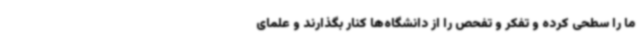
ما را سطحی کرده و تفکر و تفحص را از دانشگاه‌ها کنار بگذارند و علمای